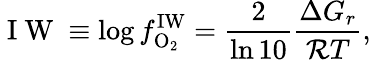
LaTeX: \mathrm{~I~W~}\equiv\log{f_{\mathrm{O_{2}}}^{\mathrm{IW}}}=\frac{2}{\ln{10}}\frac{\Delta G_{r}}{{\cal R}T},